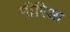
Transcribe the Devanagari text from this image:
मीरिआ